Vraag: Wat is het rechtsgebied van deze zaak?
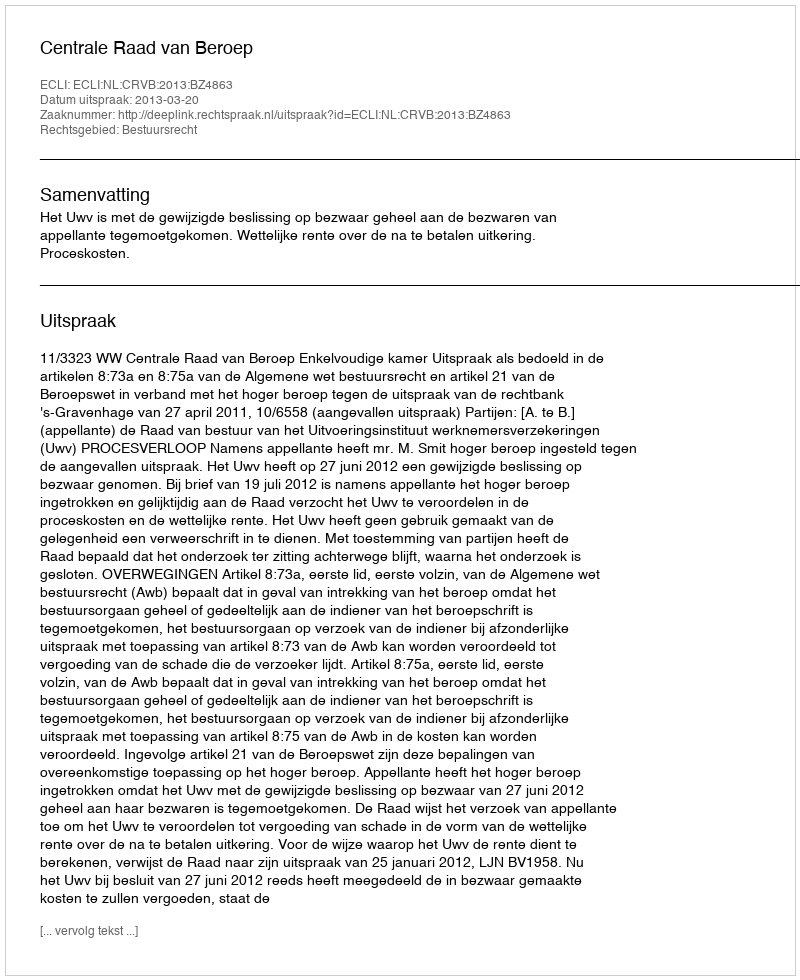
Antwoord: Bestuursrecht